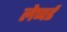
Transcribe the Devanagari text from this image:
लेप्पर्ड